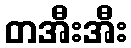
တအီးအီး